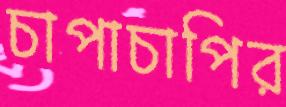
চাপাচাপির